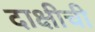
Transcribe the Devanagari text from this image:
दाक्षीची